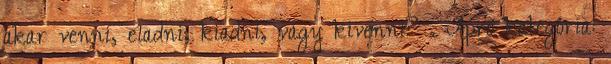
akar venni, eladni, kiadni, vagy kivenni? . Apró kategória: